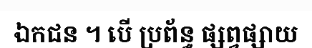
ឯកជន ។ បើ ប្រព័ន្ធ ផ្សព្វផ្សាយ